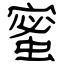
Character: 蜜